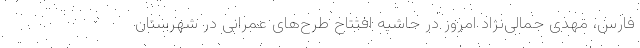
فارس، مهدی جمالی‌نژاد امروز در حاشیه افتتاح طرح‌های عمرانی در شهرستان